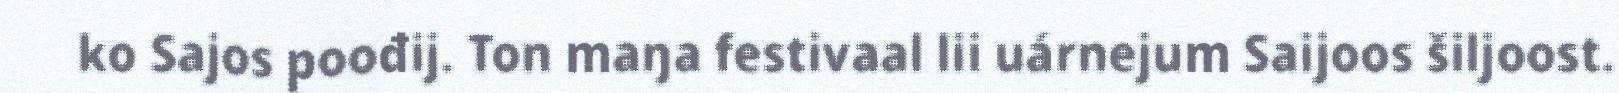
ko Sajos poođij. Ton maŋa festivaal lii uárnejum Saijoos šiljoost.